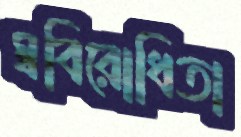
স্ববিরোধিতা